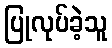
ပြုလုပ်ခဲ့သူ